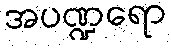
အပဏ္ဍရော